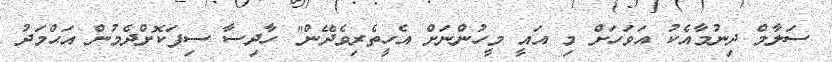
ސަލާމް ދިނުމާއެކު އަވަހަށް މި އައީ މީހުންނަށް އެހީތެރިވެދޭން" ހާދިސާ ސިފަކޮށްދެމުން އަޙްމަދު